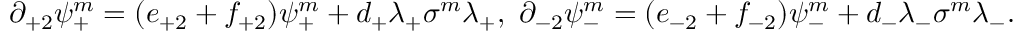
\partial _ { + 2 } \psi _ { + } ^ { m } = ( e _ { + 2 } + f _ { + 2 } ) \psi _ { + } ^ { m } + d _ { + } \lambda _ { + } \sigma ^ { m } \lambda _ { + } , \ \partial _ { - 2 } \psi _ { - } ^ { m } = ( e _ { - 2 } + f _ { - 2 } ) \psi _ { - } ^ { m } + d _ { - } \lambda _ { - } \sigma ^ { m } \lambda _ { - } .